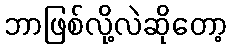
ဘာဖြစ်လို့လဲဆိုတော့